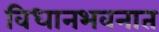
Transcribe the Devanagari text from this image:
विधानभवनात